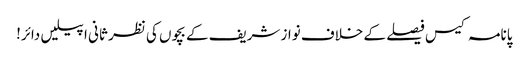
پانامہ کیس فیصلے کے خلاف نواز شریف کے بچوں کی نظر ثانی اپیلیں دائر!